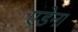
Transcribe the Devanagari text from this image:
एडेना